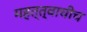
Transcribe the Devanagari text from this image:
महत्त्वाचीच